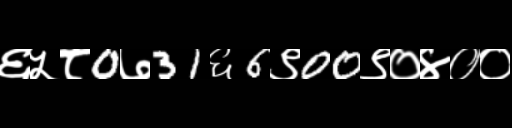
Text: ६५८0७31६6९00९०४००